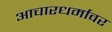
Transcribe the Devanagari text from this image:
आचारधर्मावर